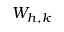
W _ { h , k }